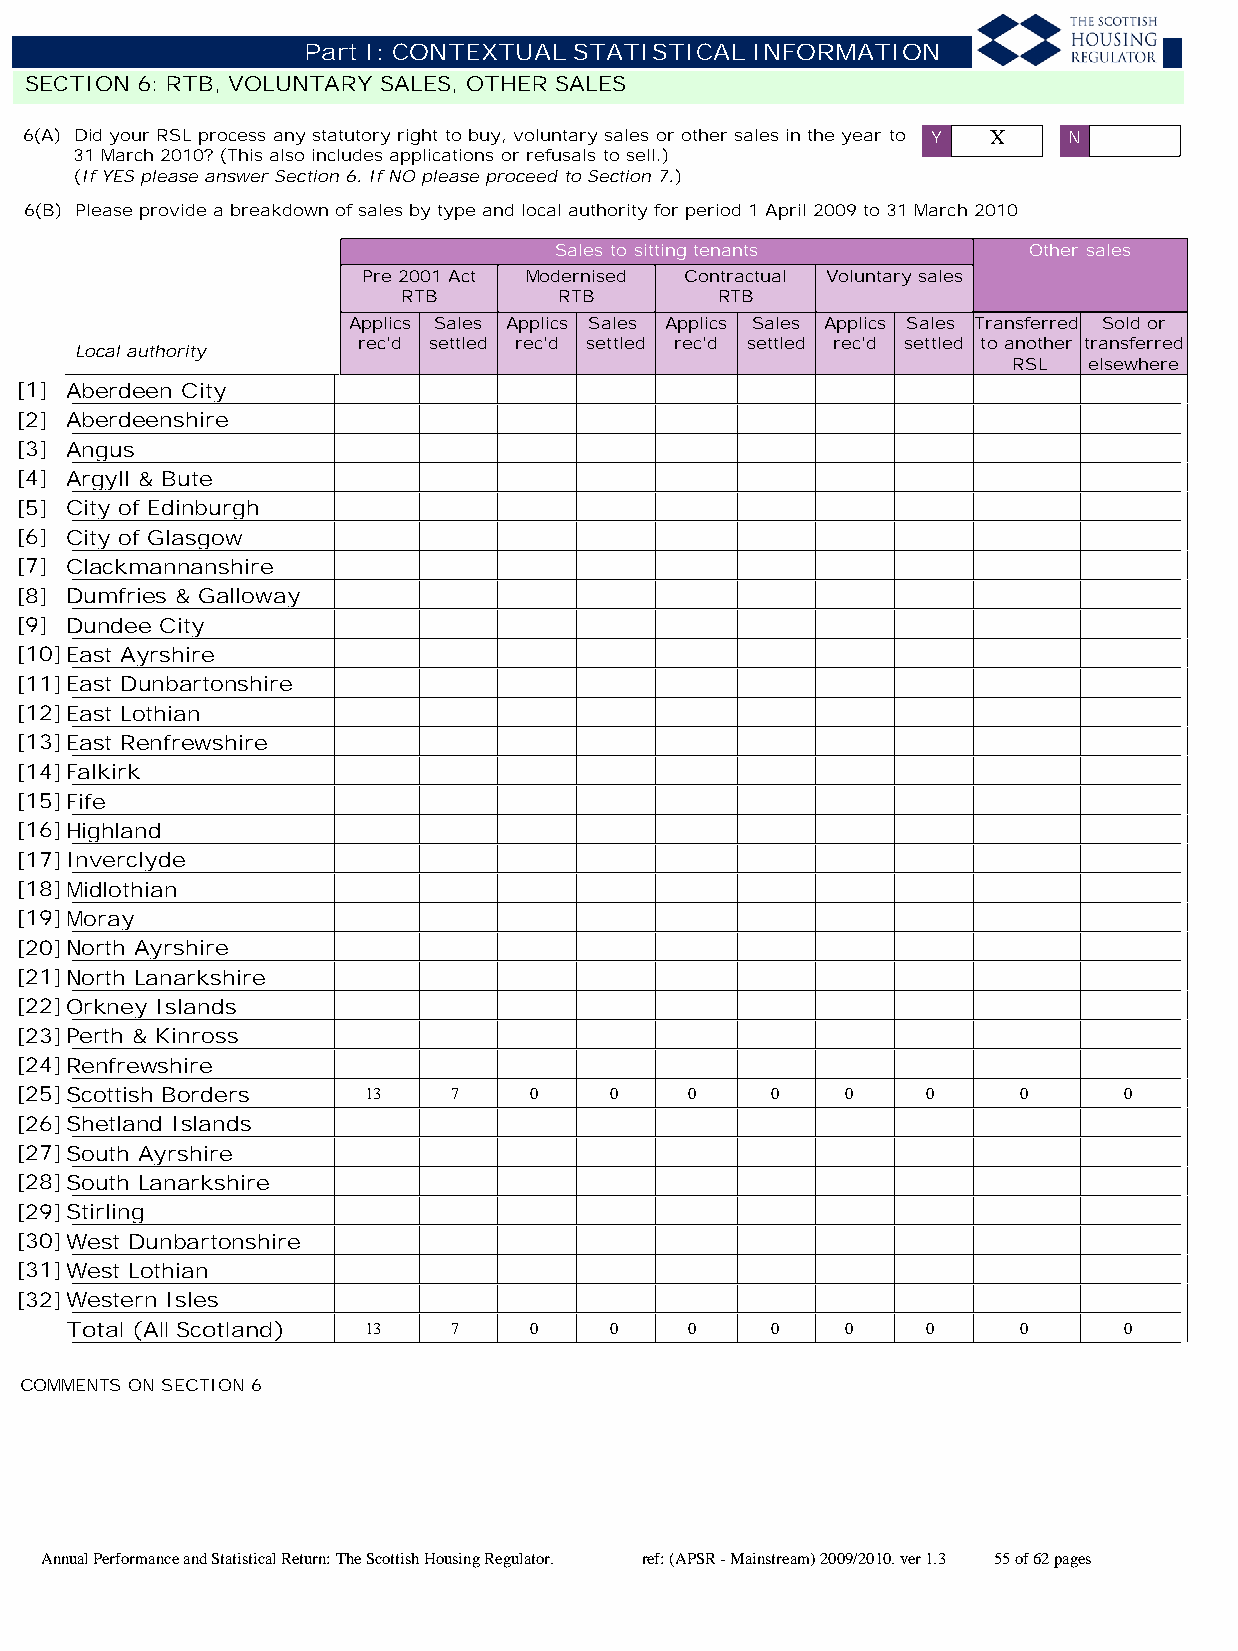
Part I: CONTEXTUAL STATISTICAL INFORMATION
 SECTION 6: RTB, VOLUNTARY SALES, OTHER SALES
 6(A) Did your RSL process any statutory right to buy, voluntary sales or other sales in the year to Y X N
 31 March 2010? (This also includes applications or refusals to sell.)
 (If YES please answer Section 6. If NO please proceed to Section 7.)
 6(B) Please provide a breakdown of sales by type and local authority for period 1 April 2009 to 31 March 2010
 Sales to sitting tenants       Other sales
 Pre 2001 Act Modernised Contractual Voluntary sales
 RTB       RTB       RTB
 Applics Sales Applics Sales Applics Sales Applics Sales Transferred Sold or
 rec'd settled rec'd settled rec'd settled rec'd settled to another transferred
 Local authority
 RSL  elsewhere
 [1] Aberdeen City
 [2] Aberdeenshire
 [3] Angus
 [4] Argyll & Bute
 [5] City of Edinburgh
 [6] City of Glasgow
 [7] Clackmannanshire
 [8] Dumfries & Galloway
 [9] Dundee City
 [10]East Ayrshire
 [11]East Dunbartonshire
 [12]East Lothian
 [13]East Renfrewshire
 [14]Falkirk
 [15]Fife
 [16]Highland
 [17]Inverclyde
 [18]Midlothian
 [19]Moray
 [20]North Ayrshire
 [21]North Lanarkshire
 [22]Orkney Islands
 [23]Perth & Kinross
 [24]Renfrewshire
 [25]Scottish Borders   13    7    0    0     0    0    0    0      0     0
 [26]Shetland Islands
 [27]South Ayrshire
 [28]South Lanarkshire
 [29]Stirling
 [30]West Dunbartonshire
 [31]West Lothian
 [32]Western Isles
 Total (All Scotland) 13   7    0    0     0    0    0    0      0     0
 COMMENTS ON SECTION 6
 Annual Performance and Statistical Return: The Scottish Housing Regulator. ref: (APSR - Mainstream) 2009/2010. ver 1.3 55 of 62 pages